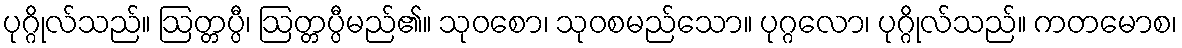
ပုဂ္ဂိုလ်သည်။ ဩတ္တပ္ပီ၊ ဩတ္တပ္ပီမည်၏။ သုဝစော၊ သုဝစမည်သော။ ပုဂ္ဂလော၊ ပုဂ္ဂိုလ်သည်။ ကတမောစ၊